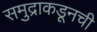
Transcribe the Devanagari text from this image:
समुद्राकडूनची